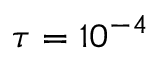
\tau = 1 0 ^ { - 4 }